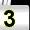
Digit: 3